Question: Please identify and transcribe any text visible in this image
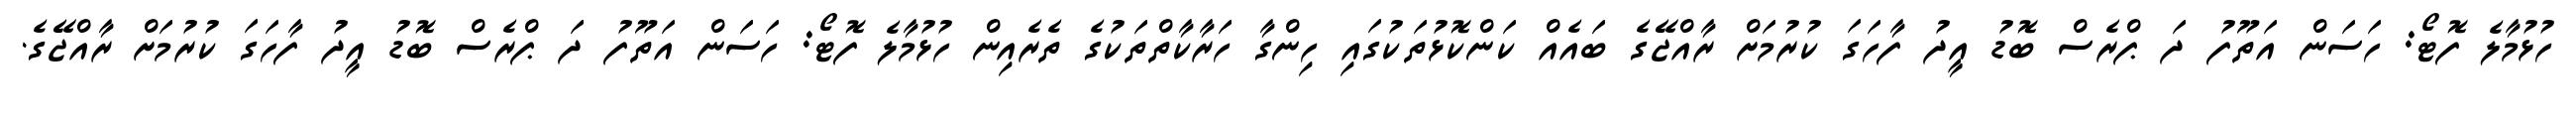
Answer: ހުޅުމާލެ ފޮޓޯ: ހަސަން އަތޫފު ދަ ޕްރެސް ބޮޑު އީދު ފާހަގަ ކުރުމަށް ރާއްޖޭގެ ބައެއް ކަންކޮޅުތަކުގައި ހިންގާ ހަރާކާތްތަކުގެ ތެރެއިން ހުޅުމާލެ ފޮޓޯ: ހަސަން އަތޫފު ދަ ޕްރެސް ބޮޑު އީދު ފާހަގަ ކުރުމަށް ރާއްޖޭގެ.